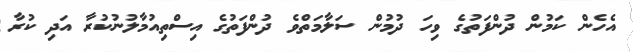
އެހެން ކަމުން ދުންފަތުގެ ވިހަ ދުމުން ސަލާމަތްވެ ދުންފަތުގެ އިސްތިއުމާލުނުކުރާ އަދި ކުރާ